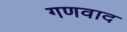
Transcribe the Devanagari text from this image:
गणवाद